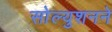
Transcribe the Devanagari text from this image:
सोल्युशनने